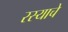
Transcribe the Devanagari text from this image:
रस्याचे